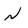
Character: n